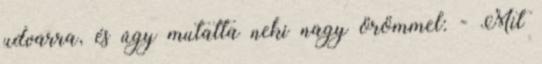
udvarra, és úgy mutatta neki nagy örömmel: - Mit